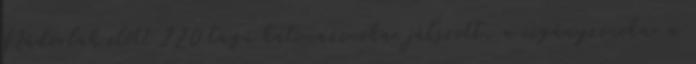
Nádorlak elõtt 220 tagú katonazenekar játszott, a cigányzenekar a